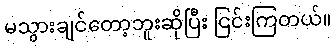
မသွားချင်တော့ဘူးဆိုပြီး ငြင်းကြတယ်။